Vaccination United Provinces of Agra and Oudh 1902-1913 - 1902-1913
Year: 1902
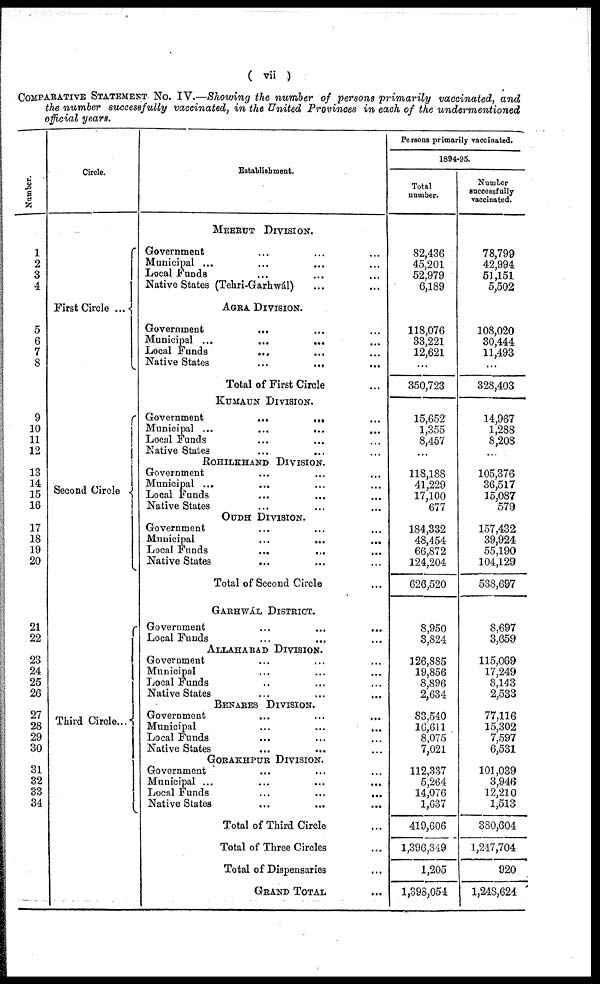
( vii )
COMPARATIVE STATEMENT No. IV.—Showing the number of persons primarily vaccinated, and
the number successfully vaccinated, in the United Provinces in each of the undermentioned
official years.
Number.
1
2
3
4
5
6
7
8
9
10
11
12
13
14
15
16
17
18
19
20
21
22
23
24
25
26
27
28
29
30
31
32
33
34
Circle.
First Circle ...
Second Circle
Third Circle...
Establishment.
MEERUT DIVISION.
Government ... ... ...
Municipal ... ... ... ...
Local Funds ... ... ...
Native States (Tehri-Garhwál) ... ...
AGRA DIVISION.
Government
... ... ...
Municipal ... ... ... ...
Local Funds
... ... ...
Native States ... ... ...
Total of First Circle ...
KUMAUN DIVISION.
Government
...
... ...
Municipal ...
...
...
...
Local Funds ... ... ...
Native States ... ... ...
ROHILKHAND DIVISION.
Government ... ... ...
Municipal ... ... ... ...
Local Funds
...
... ...
Native States ... ... ...
OUDH DIVISION.
Government ... ... ...
Municipal
...
...
...
Local Funds
...
... ...
Native States ... ... ...
Total of Second Circle ...
GARHWÁL DIVISION.
Government ... ... ...
Local Funds ... ... ...
ALLAHABAD DIVISION.
Government ... ... ...
Municipal ... ... ...
Local Funds ... ... ...
Native States ... ... ...
BENARES DIVISION.
Government ... ... ...
Municipal ... ... ...
Local Funds ... ... ...
Native States ... ... ...
GORAKHPUR DIVISION.
Government ... ... ...
Municipal ... ... ...
Local Funds ... ... ...
Native States ... ... ...
Total of Third Circle ...
Total of Three Circles ...
Total of Dispensaries ...
GRAND TOTAL ...
Persons primarily vaccinated.
1894-95.
Total
number.
82,436
45,201
52,979
6,189
118,076
33,221
12,621
...
350,723
15,652
1,355
8,457
...
118,188
41,229
17,100
677
184,332
48,454
66,872
124,204
626,520
8,950
3,824
126,885
19,856
8,896
2,634
83,540
16,611
8,075
7,021
112,337
5,264
14,076
1,637
419,606
1,396,849
1,205
1,398,054
Number
successfully
vaccinated.
78,799
42,994
51,151
5,502
108,020
30,444
11,493
...
328,403
14,967
1,288
8,208
...
105,376
36,517
15,087
579
157,432
39,924
55,190
104,129
538,697
8,697
3,659
115,069
17,249
8,143
2,533
77,116
15,302
7,597
6,531
101,039
3,946
12,210
1,513
380,604
1,247,704
920
1,248,624